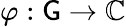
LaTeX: \varphi:\mathsf{G}\to\mathbb{{C}}